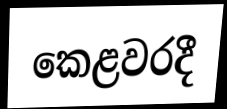
කෙළවරදී